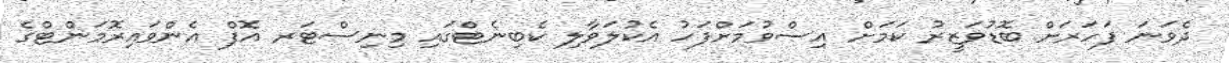
ދެވަނަ ފަހަރަށް ބޮޑުވަޒީރު ކަމަށް އިސްވުމަށްފަހު އެކުލަވާލި ކެބިނެޓްގައި މިނިސްޓަރ އޮފް އެންވައިރޮމަންޓްގެ